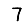
Digit: 7